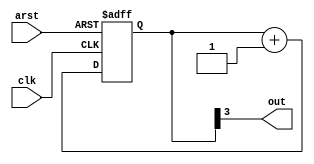
`timescale 1ns / 1ps
module freq_divider #(parameter N=4)(
     input clk,arst,
     output out
    );
    reg[3:0] count;
    
    always @(posedge clk or posedge arst)
        begin
            if(arst)
                count = 0;
                else 
                  count <= count+1;  
        end
        assign out = count[3];
endmodule